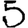
Digit: 5